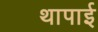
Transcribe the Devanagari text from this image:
थापाई